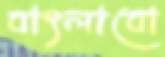
বাৎলাবো